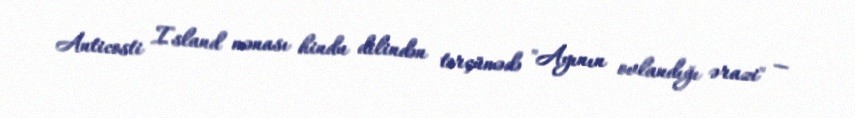
Anticosti Island mənası hindu dilindən tərçümədə "Ayının ovlandığı ərazi" —